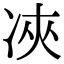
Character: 𠗉